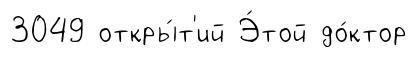
3049 откры́т'ий Э́той до́ктор